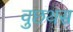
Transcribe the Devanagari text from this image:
वुछथस